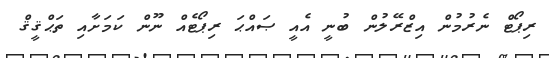
ރިޕޯޓް ނެރުމުން އިޒްރޭލުން ބުނީ އެއީ ޞައްޙަ ރިޕޯޓެއް ނޫން ކަމަށާއި ތަޙްޤީޤް